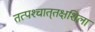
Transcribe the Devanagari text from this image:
तत्पश्‍चात्‌तक्षशिला